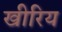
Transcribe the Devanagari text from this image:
खीरिय